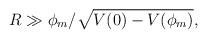
LaTeX: \begin{align*}R \gg \phi_m/\sqrt{V(0)-V(\phi_m)}, \end{align*}